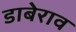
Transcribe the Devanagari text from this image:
डाबेराव